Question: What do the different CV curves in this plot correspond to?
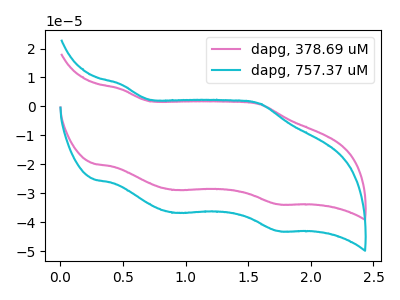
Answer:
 <answer>The pink curve is labeled "dapg, 378.69 uM". The cyan curve is labeled "dapg, 757.37 uM".</answer>
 <eval></eval>